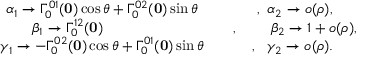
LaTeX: \begin{array} { c c c } { { } } & { { \alpha _ { 1 } \to \Gamma _ { 0 } ^ { 0 1 } ( { \bf 0 } ) \cos \theta + \Gamma _ { 0 } ^ { 0 2 } ( { \bf 0 } ) \sin \theta } } & { { \ \ \ , \ \alpha _ { 2 } \to o ( \rho ) , } } \\ { { } } & { { \beta _ { 1 } \to \Gamma _ { 0 } ^ { 1 2 } ( { \bf 0 } ) \phantom { \cos \theta + c _ { 2 } s i } } } & { { \ \ \ , \ \ \ \ \phantom { a a } \beta _ { 2 } \to 1 + o ( \rho ) , } } \\ { { } } & { { \gamma _ { 1 } \to - \Gamma _ { 0 } ^ { 0 2 } ( { \bf 0 } ) \cos \theta + \Gamma _ { 0 } ^ { 0 1 } ( { \bf 0 } ) \sin \theta } } & { { \ \ , \ \ \gamma _ { 2 } \to o ( \rho ) . } } \end{array}